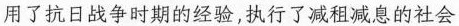
用了抗日战争时期的经验，执行了减租减息的社会